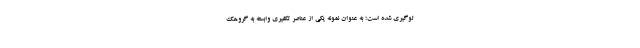
لوگیری شده است؛ به عنوان نمونه یکی از عناصر تکفیری وابسته به گروهک